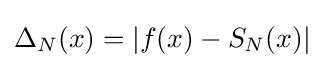
\Delta _{N}(x)=|f(x)-S_{N}(x)|